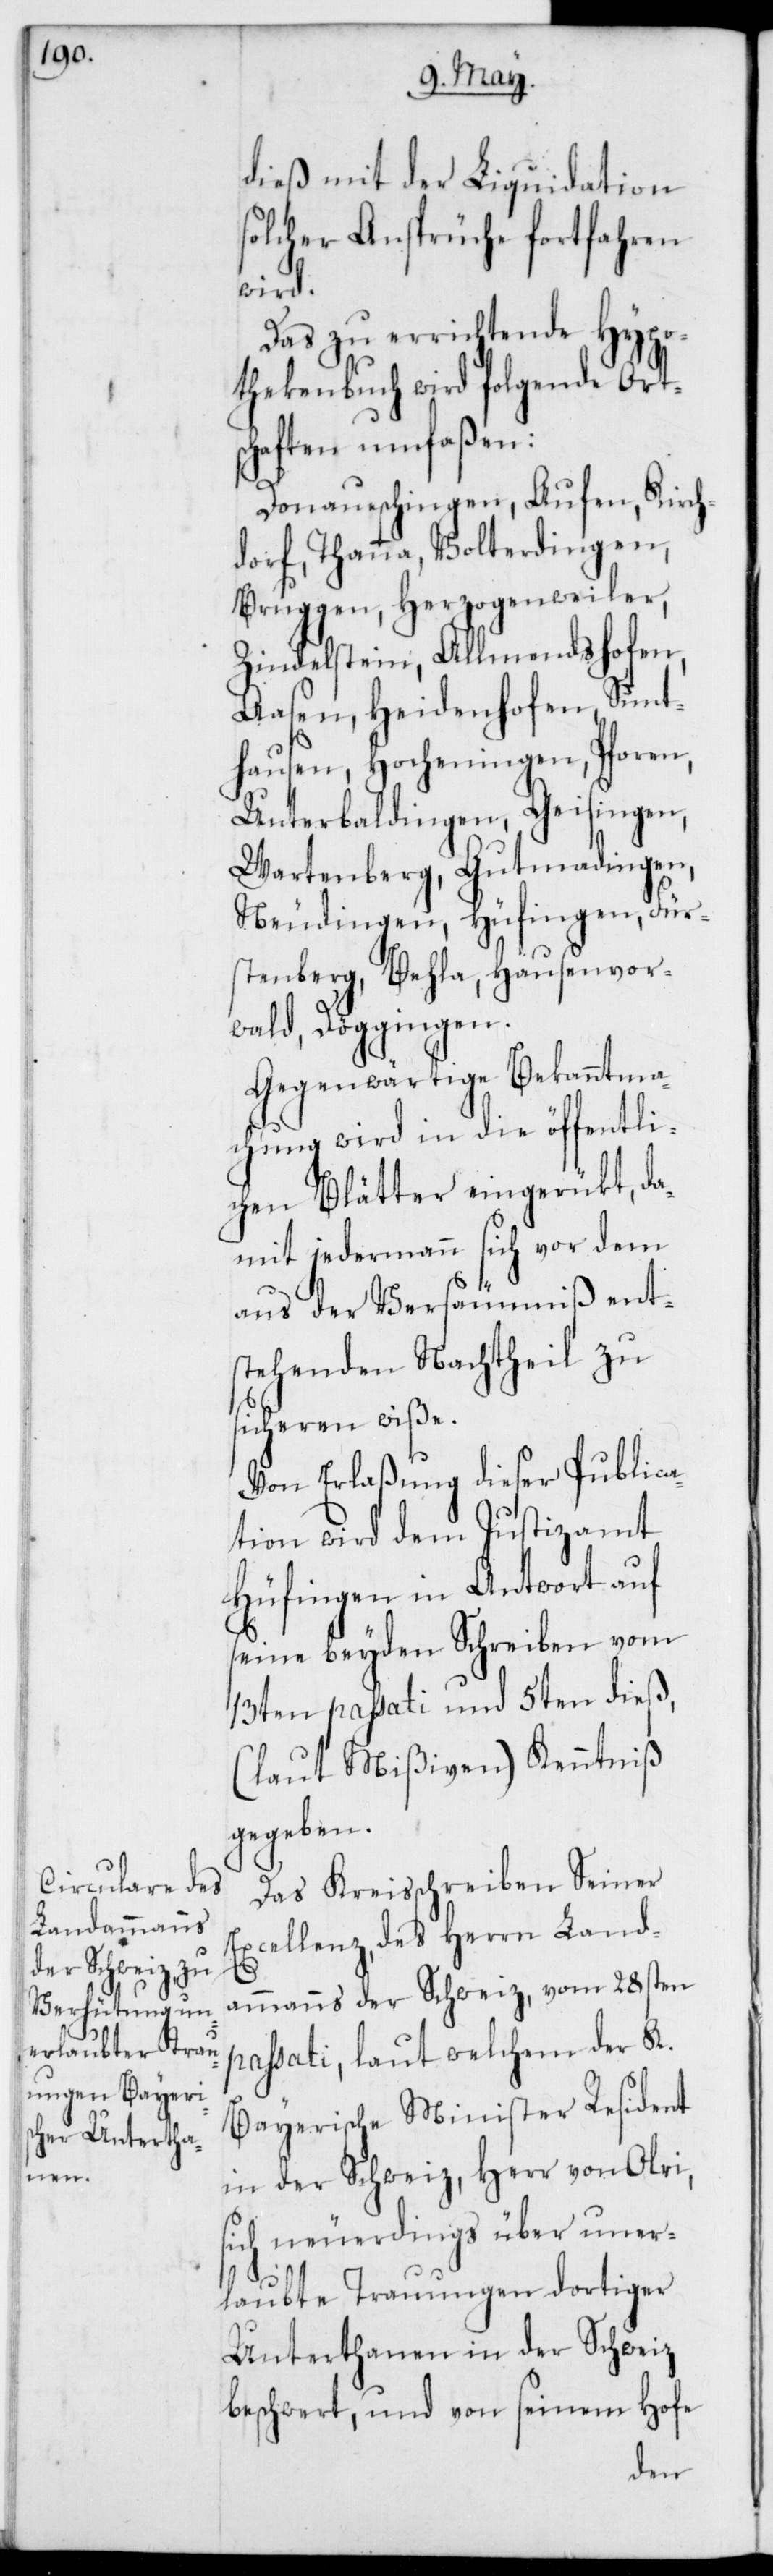
dieß mit der Liquidation
solcher Ansprüche fortfahren
wird.
Das zu errichtende Hypo¬
thekenbuch wird folgende Ort¬
schaften umfaßen:
Donaueschingen, Aufen, Kirch¬
dorf, Thanna, Volterdingen,
Bruggen, Herzogenweiler,
Zindelstein, Allmendshofen,
Aasen, Heidenhofen, Sunt¬
hausen, Hocheningen, Sporen,
Unterbaldingen, Geisingen,
Wartenberg, Gutmadingen,
Neudingen, Hüfingen, Für¬
stenberg, Behla, Hausenvor¬
wald, Döggingen.
Gegenwärtige Bekanntma¬
chung wird in die öffentli¬
chen Blätter eingerückt, da¬
mit jedermann sich vor dem
aus der Versäumniß ent¬
stehenden Nachtheil zu
sicheren wiße.
Von Erlaßung dieser Publica¬
tion wird dem Justizamt
Hüfingen in Antwort auf
seine beyden Schreiben vom
13ten passati und 5ten dieß,
(laut Mißiven) Kenntniß
gegeben.
Das Kreisschreiben Seiner
Excellenz, des Herrn Land¬
ammanns der Schweiz, vom 28sten
passati, laut welchem der K.
Bayerische Minister Resident
in der Schweiz, Herr von Olri,
sich neuerdings über uner¬
laubte Trauungen dortiger
Untertanen in der Schweiz
beschwert, und von seinem Hofe